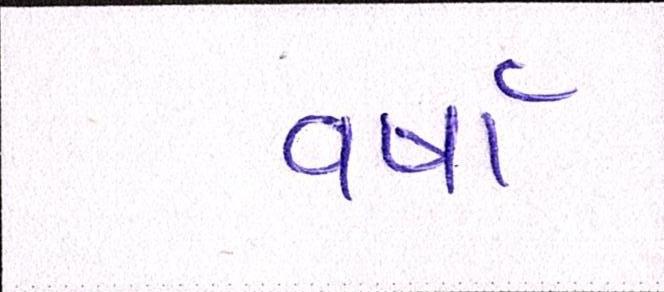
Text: વર્ષા